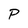
Character: p